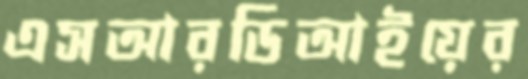
এসআরডিআইয়ের